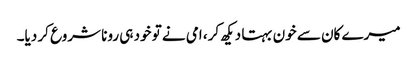
میرے کان سے خون بہتا دیکھ کر، امی نے تو خود ہی رونا شروع کر دیا۔